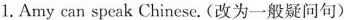
1.Amy can speak Chinese. (改为一般疑问句)